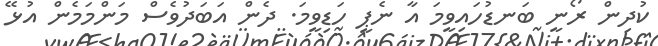
ކުދިން ރޯނީ ބަނޑުހައިވީމަ އާ ނެޕީ ހަޑިވީމަ. ދެން އަބަދުވެސް މަންމަމެން އުޅޭ